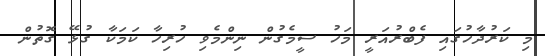
މި ކަރުދާހުގައި ފެބްރުއަރީ މަހު ސީމެގުން ނިންމެވި ހުރިހާ ކަމަކާ ގުޅޭ ގޮތުން